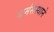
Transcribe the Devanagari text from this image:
धर्मसंस्थाने